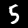
Digit: 5